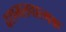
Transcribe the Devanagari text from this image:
दशमलवात्मक